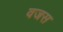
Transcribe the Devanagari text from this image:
वजस